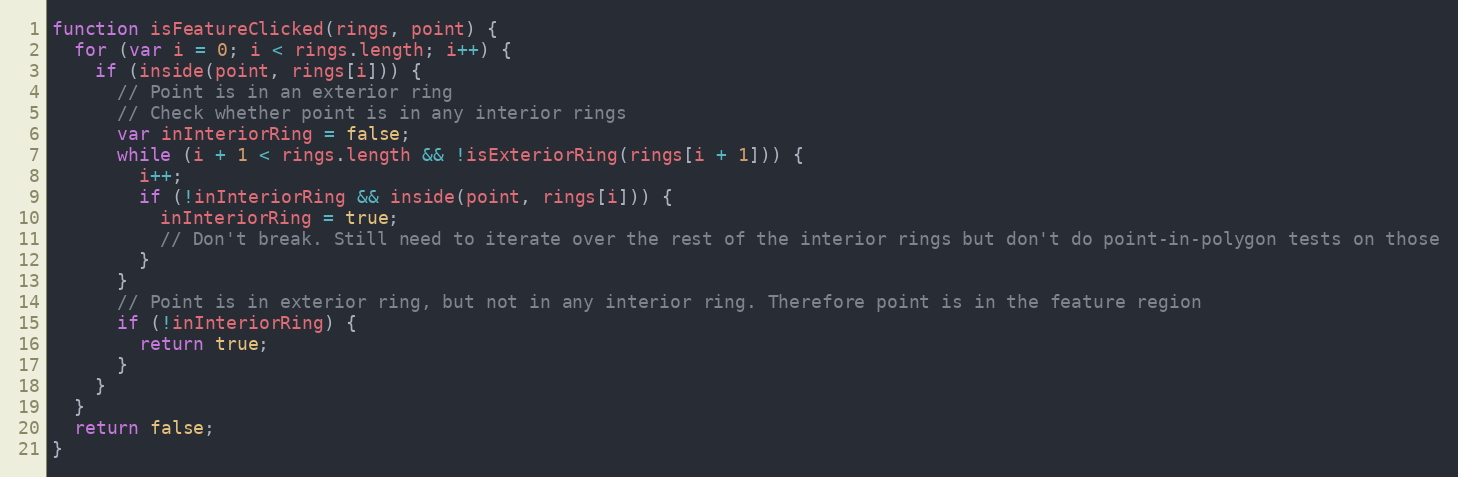
Language: JavaScript
function isFeatureClicked(rings, point) {
  for (var i = 0; i < rings.length; i++) {
    if (inside(point, rings[i])) {
      // Point is in an exterior ring
      // Check whether point is in any interior rings
      var inInteriorRing = false;
      while (i + 1 < rings.length && !isExteriorRing(rings[i + 1])) {
        i++;
        if (!inInteriorRing && inside(point, rings[i])) {
          inInteriorRing = true;
          // Don't break. Still need to iterate over the rest of the interior rings but don't do point-in-polygon tests on those
        }
      }
      // Point is in exterior ring, but not in any interior ring. Therefore point is in the feature region
      if (!inInteriorRing) {
        return true;
      }
    }
  }
  return false;
}